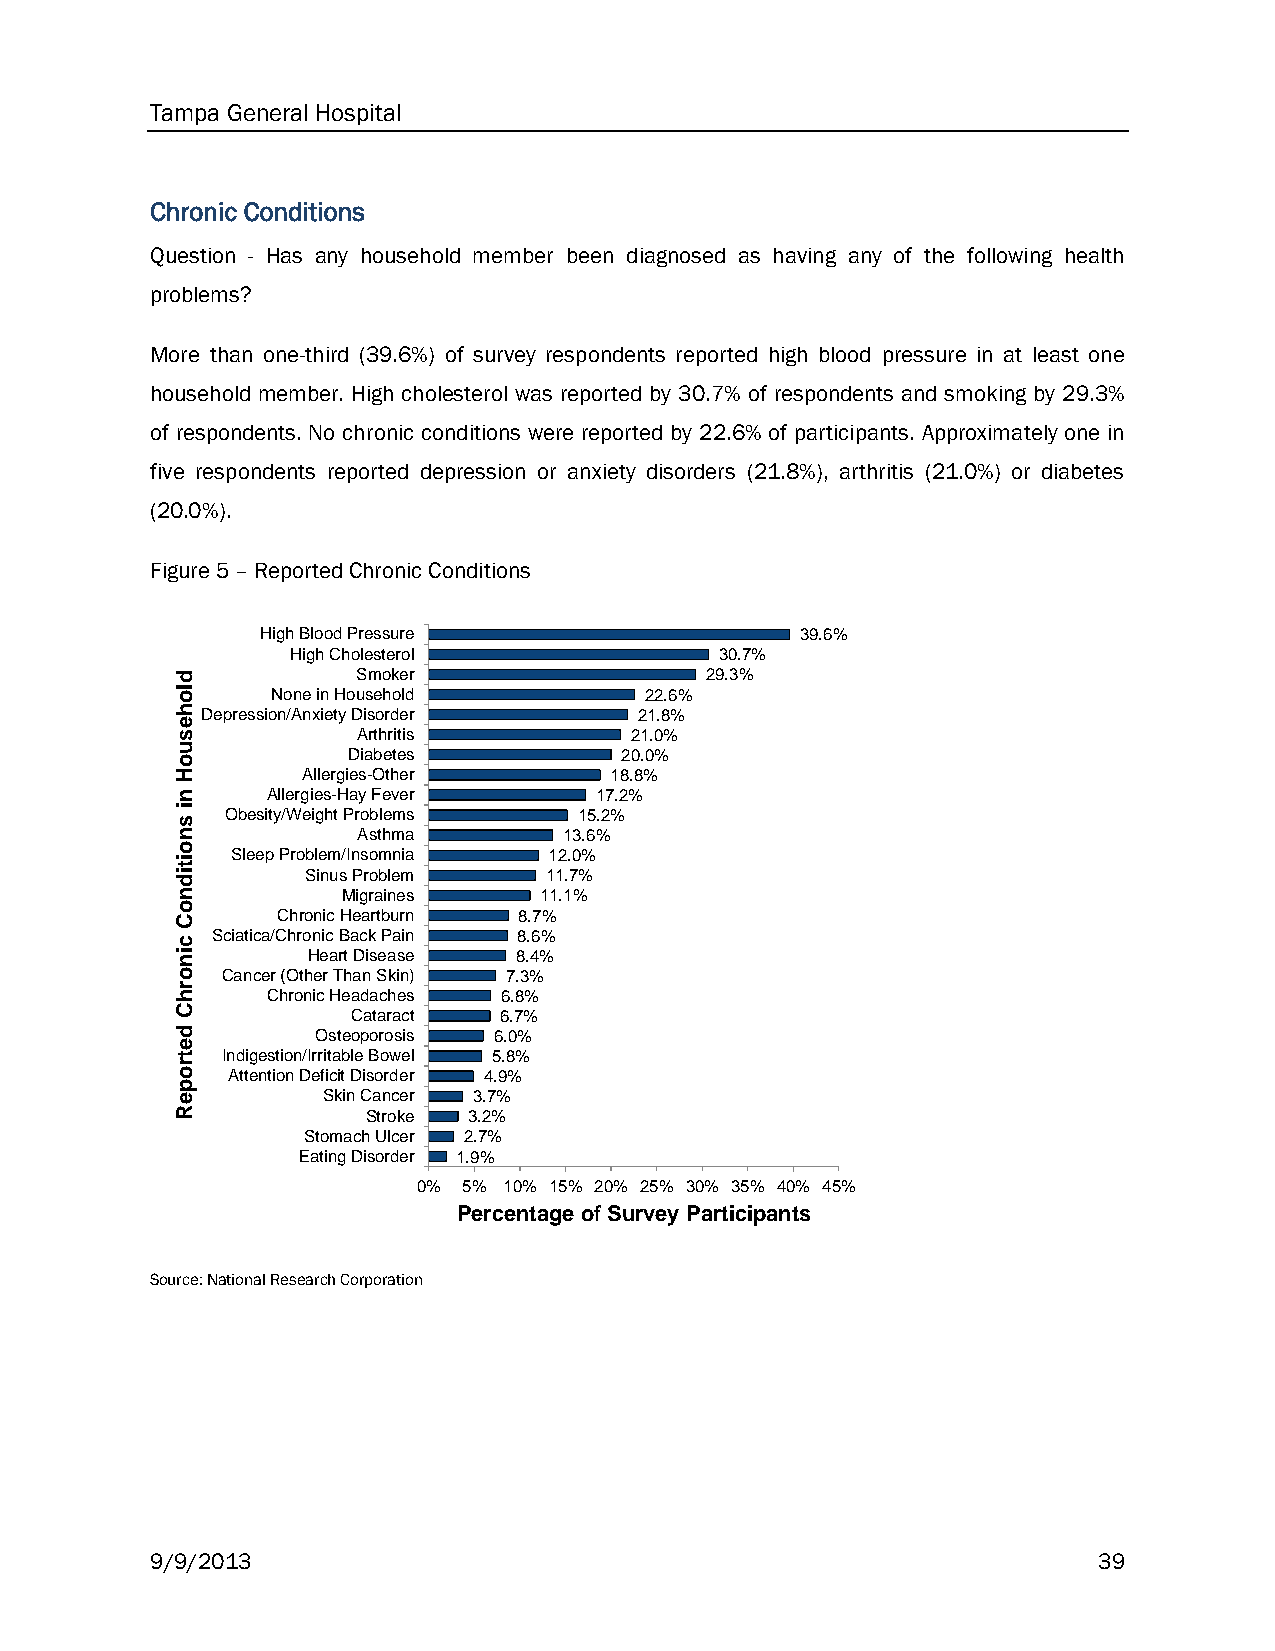
Tampa General Hospital
 Chronic Conditions
 Question - Has any household member been diagnosed as having any of the following health
 problems?
 More than one-third (39.6%) of survey respondents reported high blood pressure in at least one
 household member. High cholesterol was reported by 30.7% of respondents and smoking by 29.3%
 of respondents. No chronic conditions were reported by 22.6% of participants. Approximately one in
 five respondents reported depression or anxiety disorders (21.8%), arthritis (21.0%) or diabetes
 (20.0%).
 Figure 5 – Reported Chronic Conditions
 High Blood Pressure                 39.6%
 High Cholesterol             30.7%
 d           Smoker                 29.3%
 lo    None in Household        22.6%
 hDepression/Anxiety Disorder  21.8%
 e
 s           Arthritis         21.0%
 u          Diabetes          20.0%
 o
 H       Allergies-Other     18.8%
 n     Allergies-Hay Fever  17.2%
 i
 s
 Obesity/Weight Problems 15.2%
 n           Asthma       13.6%
 o
 it Sleep Problem/Insomnia 12.0%
 id      Sinus Problem   11.7%
 n          Migraines    11.1%
 o
 C     Chronic Heartburn 8.7%
 c
 Sciatica/Chronic Back Pain 8.6%
 in      Heart Disease 8.4%
 o  Cancer (Other Than Skin) 7.3%
 r
 h     Chronic Headaches 6.8%
 C          Cataract  6.7%
 d        Osteoporosis 6.0%
 e
 t  Indigestion/Irritable Bowel 5.8%
 r
 o  Attention Deficit Disorder 4.9%
 p
 e        Skin Cancer 3.7%
 R           Stroke 3.2%
 Stomach Ulcer 2.7%
 Eating Disorder 1.9%
 0% 5% 10% 15% 20% 25% 30% 35% 40% 45%
 Percentage of Survey Participants
 Source: National Research Corporation
 9/9/2013                                                       39